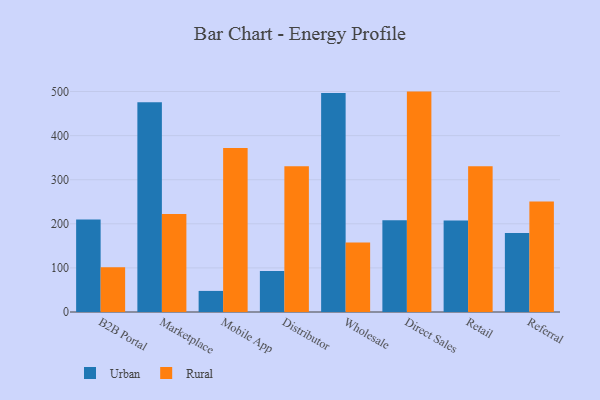
{"axis": {"x": "Channel", "y": "Gross Profit (USD K)"}, "legend": ["Rural", "Urban"], "data": [{"x": "B2B Portal", "y": 209.6, "type": "Urban"}, {"x": "B2B Portal", "y": 101.6, "type": "Rural"}, {"x": "Marketplace", "y": 475.8, "type": "Urban"}, {"x": "Marketplace", "y": 222.0, "type": "Rural"}, {"x": "Mobile App", "y": 47.8, "type": "Urban"}, {"x": "Mobile App", "y": 371.7, "type": "Rural"}, {"x": "Distributor", "y": 93.1, "type": "Urban"}, {"x": "Distributor", "y": 330.6, "type": "Rural"}, {"x": "Wholesale", "y": 496.5, "type": "Urban"}, {"x": "Wholesale", "y": 157.8, "type": "Rural"}, {"x": "Direct Sales", "y": 208.2, "type": "Urban"}, {"x": "Direct Sales", "y": 499.8, "type": "Rural"}, {"x": "Retail", "y": 207.7, "type": "Urban"}, {"x": "Retail", "y": 330.6, "type": "Rural"}, {"x": "Referral", "y": 179.3, "type": "Urban"}, {"x": "Referral", "y": 250.8, "type": "Rural"}]}